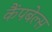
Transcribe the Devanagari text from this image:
कैंपबेल्स